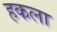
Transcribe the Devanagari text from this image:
हकला